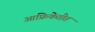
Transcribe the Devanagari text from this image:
आफ्रिकेतीत